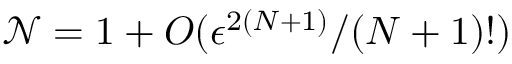
\mathcal { N } = 1 + O ( \epsilon ^ { 2 ( N + 1 ) } / ( N + 1 ) ! )